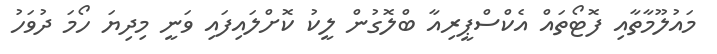
މައުލޫމާތާއި ފޮޓޯތައް އެކްސްޕީރިއާ ބްލޮގުން ލީކު ކޮށްލައިފައި ވަނީ މިދިޔަ ހޯމަ ދުވަހު